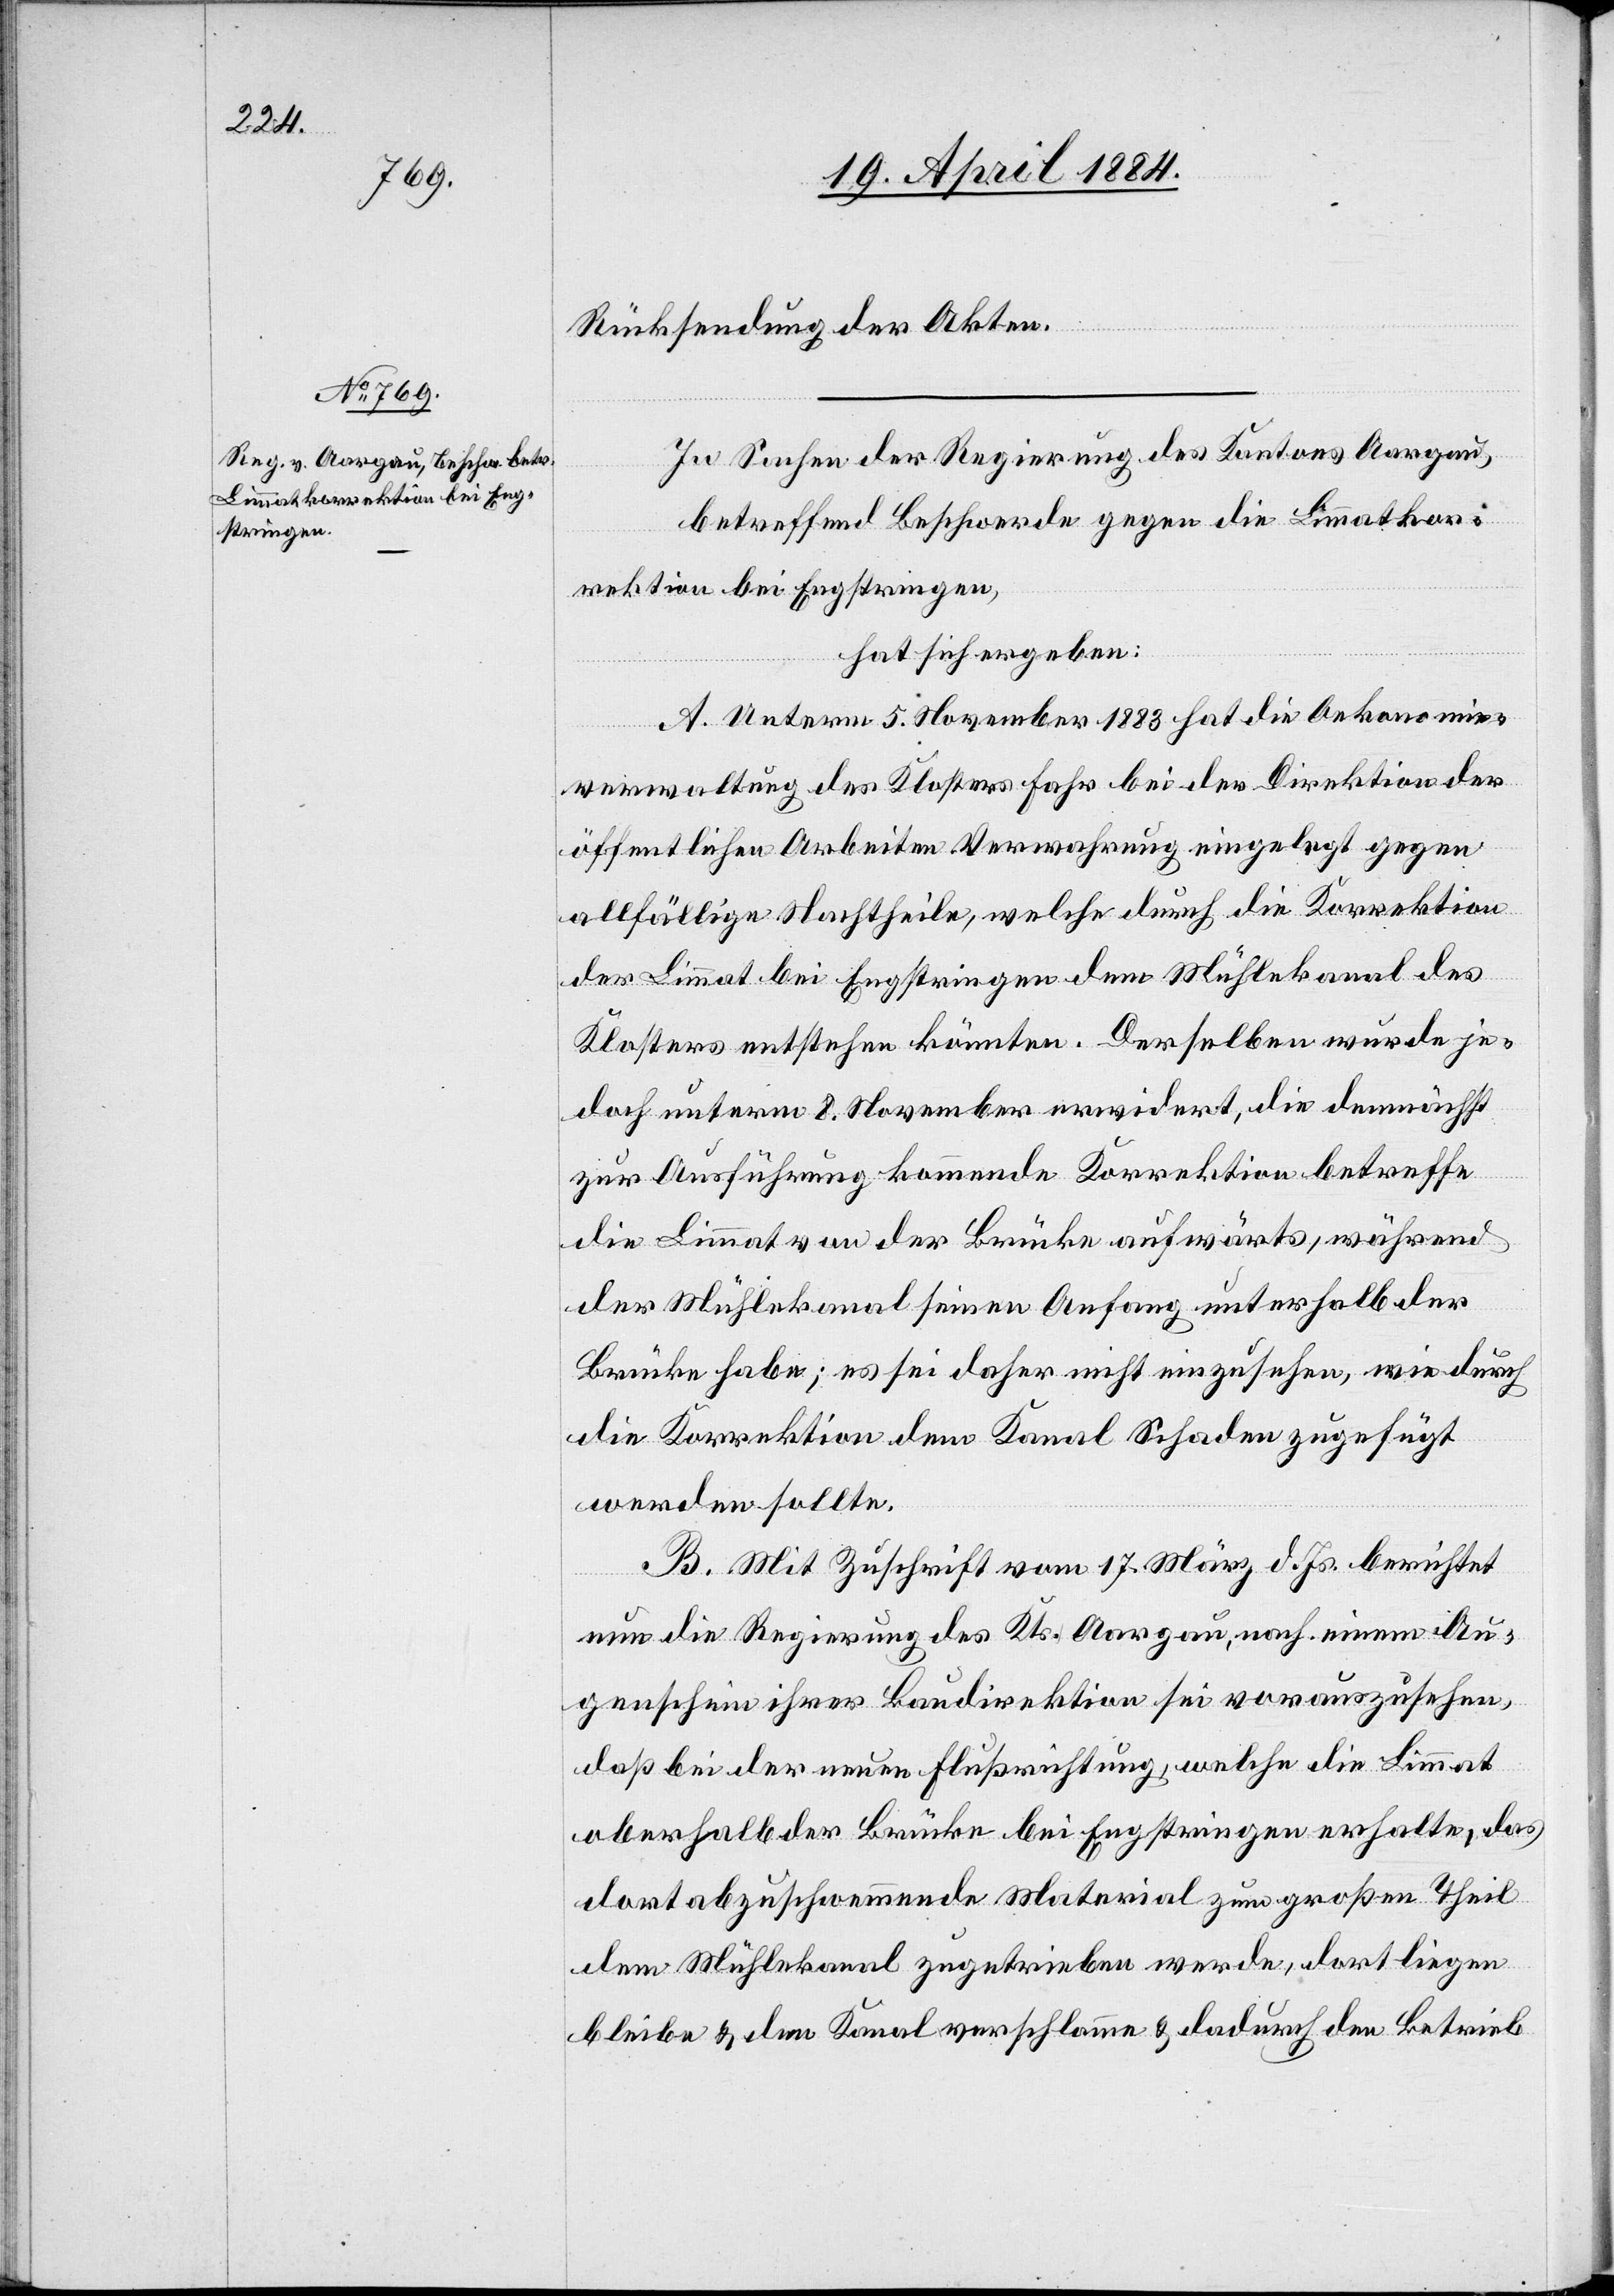
Rücksendung der Akten.
In Sachen der Regierung des Kantons Aargau,
betreffend Beschwerde gegen die Limmatkor¬
rektion bei Engstringen,
hat sich ergeben:
A. Unterm 5. November 1883 hat die Oekonomie¬
verwaltung des Klosters Fahr bei der Direktion der
öffentlichen Arbeiten Verwahrung eingelegt gegen
allfällige Nachtheile, welche durch die Korrektion
der Limmat bei Engstringen dem Mühlekanal des
Klosters erwachsen könnten. Derselben wurde je¬
doch unterm 8. November erwidert, die demnächst
zur Ausführung kommende Korrektion betreffe
die Limmat von der Brücke aufwärts, während
der Mühlekanals seinen Anfang unterhalb der
Brücke habe; es sei daher nicht einzusehen, wie durch
die Korrektion dem Kanal Schaden zugefügt
werden sollte.
B. Mit Zuschrift vom 17. März d. Js. berichtet
nun die Regierung des Kts. Aargau, nach einem Au¬
genschein ihrer Baudirektion sei vorauszusehen,
daß bei der neuen Flußrichtung, welche die Limmat
oberhalb der Brücke bei Engstringen erhalte, das
dort abzuschwemmende Material zum großen Theil
dem Mühlekanal zugetrieben werde, dort liegen
bleibe & den Kanal verschlamme & dadurch den Betrieb